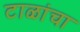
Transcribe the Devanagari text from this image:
टाळांचा